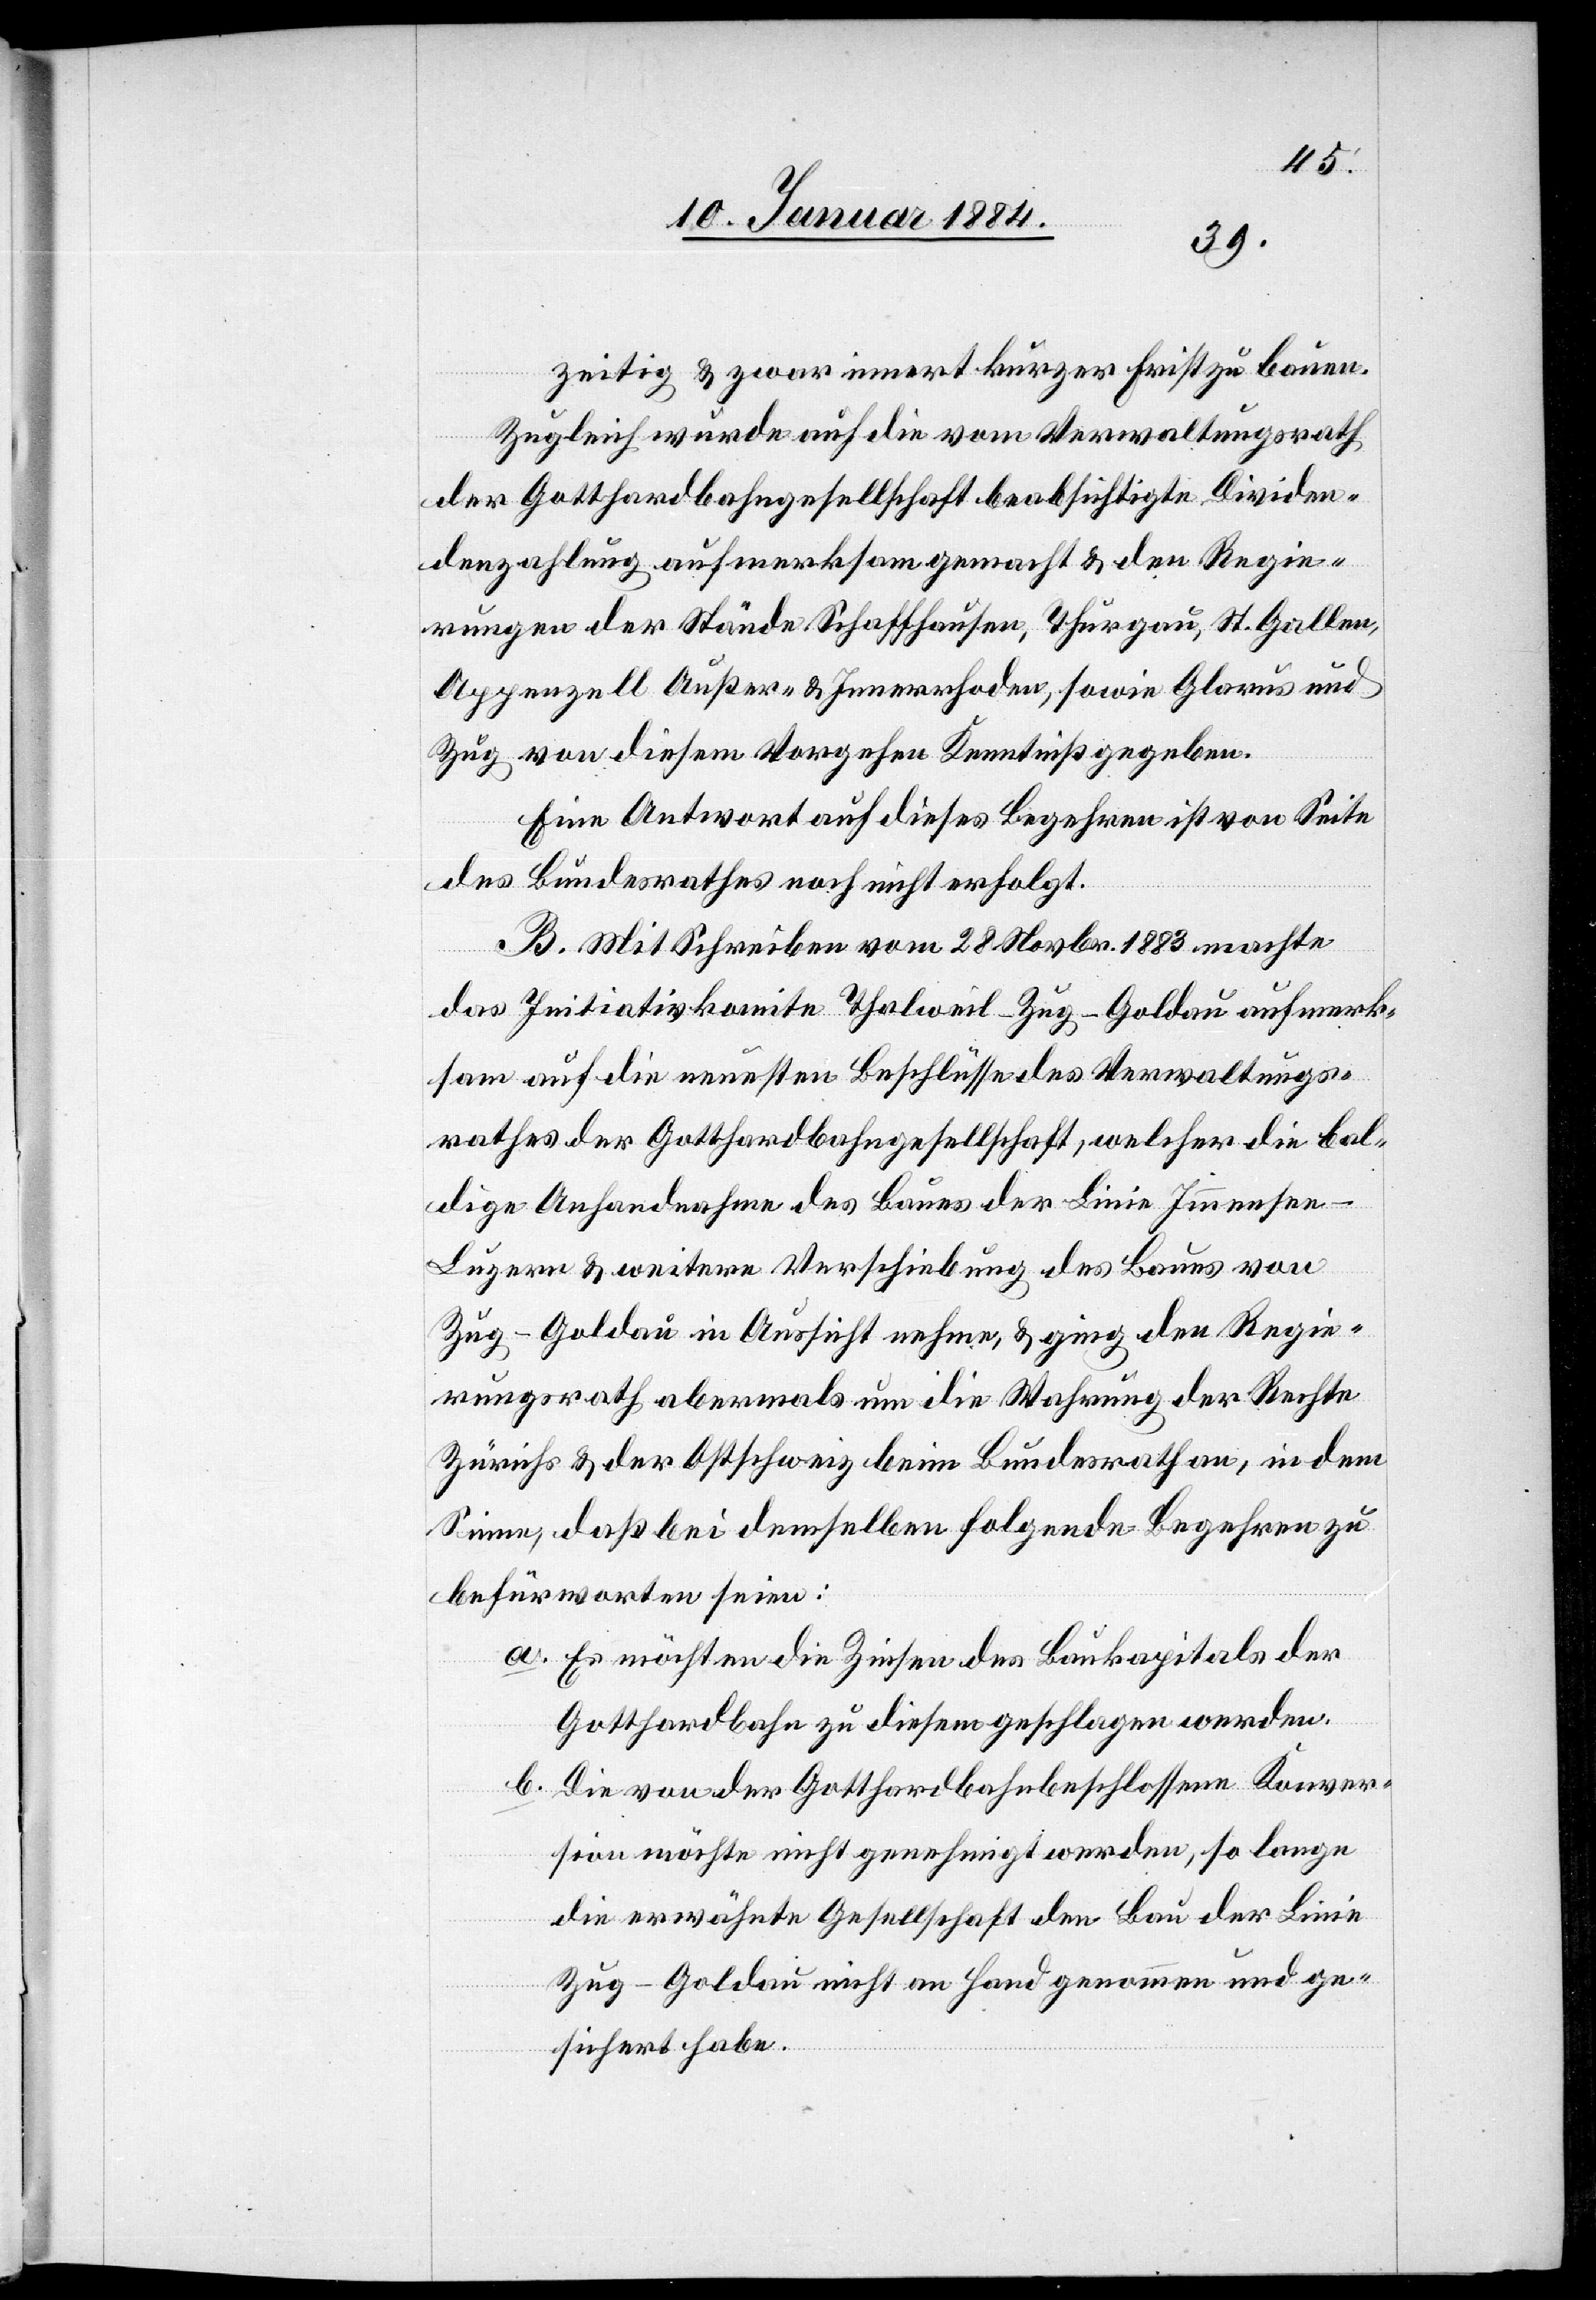
zeitig & zwar innert kurzer Frist zu bauen.
Zugleich wurde auf die vom Verwaltungsrath
der Gotthardbahngesellschaft beabsichtigte Dividen¬
denzahlung aufmerksam gemacht & den Regie¬
rungen der Stände Schaffhausen, Thurgau, St. Gallen,
Appenzell Außer- & Innerrhoden, sowie Glarus und
Zug von diesem Vorgehen Kenntniß gegeben.
Eine Antwort auf dieses Begehren ist von Seite
des Bundesrathes noch nicht erfolgt.
B. Mit Schreiben vom 28. Novbr. 1883 machte
das Initiativkomite Thalweil–Zug–Goldau aufmerk¬
sam auf die neusten Beschlüsse des Verwaltungs¬
rathes der Gotthardbahngesellschaft, welcher die bal¬
dige Anhandnahme des Baues der Linie Immense¬
e–Luzern & weitere Verschiebung des Baues von
Zug–Goldau in Aussicht nehme, & ging den Regie¬
rungsrath abermals um die Wahrung der Rechte
Zürichs & der Ostschweiz beim Bundesrath an, in dem
Sinne, daß bei demselben folgende Begehren zu
befürworten seien:
a. Es möchten die Zinsen des Baukapitals der
Gotthardbahn zu diesem geschlagen werden.
b. Die von der Gotthardbahn beschlossene Konver¬
sion möchte nicht genehmigt werden, so lange
die erwähnte Gesellschaft den Bau der Linie
Zug–Goldau nicht an Hand genommen und ge¬
sichert habe.